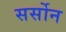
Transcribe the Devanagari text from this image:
सर्सोन